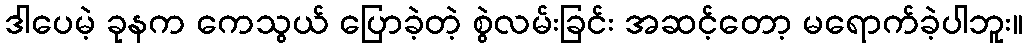
ဒါပေမဲ့ ခုနက ကေသွယ် ပြောခဲ့တဲ့ စွဲလမ်းခြင်း အဆင့်တော့ မရောက်ခဲ့ပါဘူး။